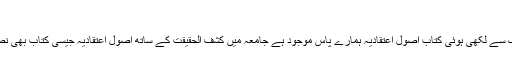
اعتقادات:
الحمدللہ ہمارے پیر طریقت سید محمد نوربخشؒکے دست مبارک سے لکھی ہوئی کتاب اصول اعتقادیہ ہمارے پاس موجود ہے جامعہ میں کشف الحقیقت کے ساتھ اصول اعتقادیہ جیسی کتاب بھی نصاب میں شامل ہے جو خالصتا نوربخشی عقائد پر مشتمل ہے ۔